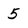
Character: 5